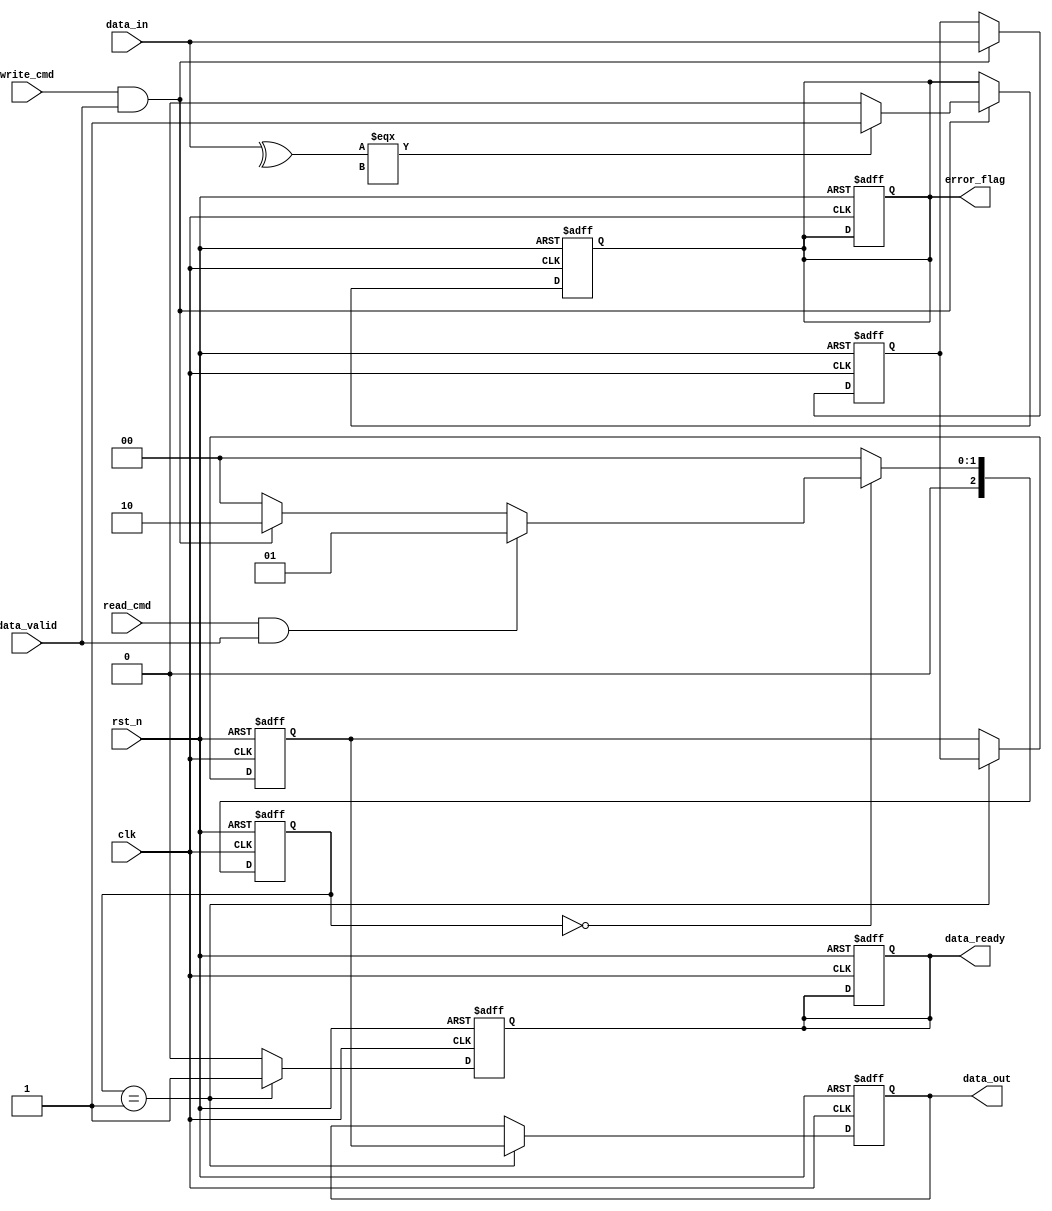
module SSD_IO_Block (
    input wire clk,                // System clock
    input wire rst_n,              // Active low reset
    input wire [31:0] data_in,     // Data input from host (32 bits)
    input wire read_cmd,           // Read command signal
    input wire write_cmd,          // Write command signal
    input wire data_valid,         // Data valid signal from host
    output reg [31:0] data_out,    // Data output to host (32 bits)
    output reg data_ready,         // Data ready signal to host
    output reg error_flag          // Error flag for data integrity
);

// Internal signals
reg [31:0] input_buffer;           // Input buffer
reg [31:0] output_buffer;          // Output buffer
reg [2:0] state;                   // State machine
reg [2:0] next_state;              // Next state for the state machine

// State definitions
localparam IDLE       = 3'b000;
localparam READING    = 3'b001;
localparam WRITING    = 3'b010;
localparam ERROR      = 3'b011;

// State machine for control logic
always @(posedge clk or negedge rst_n) begin
    if (!rst_n) begin
        state <= IDLE;
        data_ready <= 0;
        error_flag <= 0;
    end else begin
        state <= next_state;
    end
end

// Next state logic
always @(*) begin
    case (state)
        IDLE: begin
            if (read_cmd && data_valid) begin
                next_state = READING;
            end else if (write_cmd && data_valid) begin
                next_state = WRITING;
            end else begin
                next_state = IDLE;
            end
        end
        READING: begin
            next_state = IDLE; // Go back to IDLE after reading
        end
        WRITING: begin
            next_state = IDLE; // Go back to IDLE after writing
        end
        ERROR: begin
            next_state = IDLE; // Go back to IDLE after error handling
        end
        default: next_state = IDLE;
    endcase
end

// Input Buffer and Error Detection
always @(posedge clk or negedge rst_n) begin
    if (!rst_n) begin
        input_buffer <= 32'b0;
        error_flag <= 0;
    end else if (write_cmd && data_valid) begin
        // Simulate error detection (for example, simple parity check)
        input_buffer <= data_in;
        if (^data_in === 1'bx) begin // Check for unknown states
            error_flag <= 1;
        end else begin
            error_flag <= 0;
        end
    end
end

// Output Buffer and Data Transfer
always @(posedge clk or negedge rst_n) begin
    if (!rst_n) begin
        output_buffer <= 32'b0;
        data_out <= 32'b0;
        data_ready <= 0;
    end else if (state == READING) begin
        output_buffer <= input_buffer; // Transfer data to output buffer
        data_out <= output_buffer;
        data_ready <= 1; // Indicate data is ready to be sent
    end else if (state == WRITING) begin
        data_ready <= 0; // Reset data ready when writing
    end else begin
        data_ready <= 0; // Reset data ready in other states
    end
end

endmodule